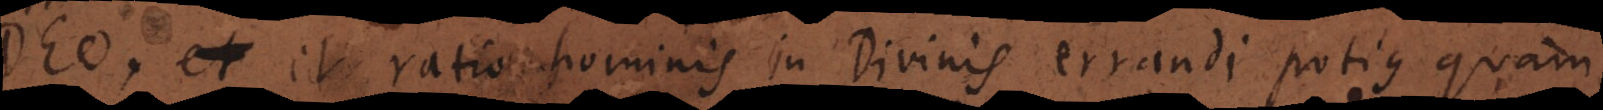
Deo, et ratio hominis in divinis errandi potius quam